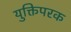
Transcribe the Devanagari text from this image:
युक्तिपरक